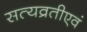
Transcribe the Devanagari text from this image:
सत्यव्रतीएवं